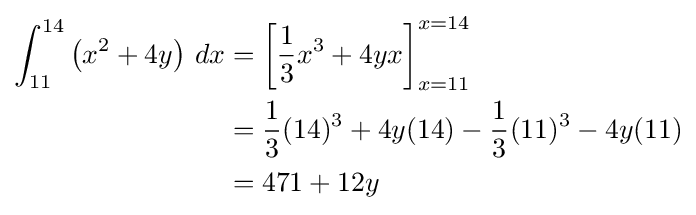
{\begin{aligned}\int _{11}^{14}\left(x^{2}+4y\right)\,dx&=\left[{\frac {1}{3}}x^{3}+4yx\right]_{x=11}^{x=14}\\&={\frac {1}{3}}(14)^{3}+4y(14)-{\frac {1}{3}}(11)^{3}-4y(11)\\&=471+12y\end{aligned}}